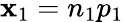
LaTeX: \mathbf{x}_{1}=n_{1}p_{1}